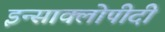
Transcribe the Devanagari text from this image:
इन्साक्लोपीदी